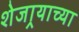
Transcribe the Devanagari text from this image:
शेजार्‍याच्या